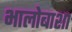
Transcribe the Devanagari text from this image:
भालोबाशा